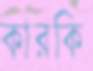
কারকি